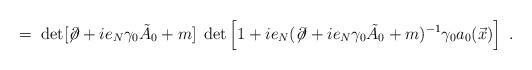
LaTeX: \begin{align*}\;=\;\det [\not\!\partial + i e_N \gamma_0 {\tilde A}_0 + m ] \;\det\left[1 + i e_N(\not \!\partial + i e_N \gamma_0{\tilde A}_0 +m)^{-1} \gamma_0 a_0 (\vec x)\right] \;.\end{align*}